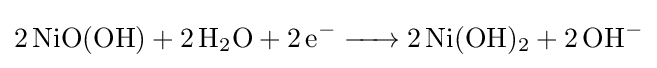
{\ce {2NiO(OH) + 2H2O + 2e^- -> 2Ni(OH)2 + 2OH^-}}